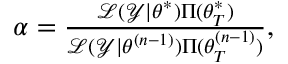
\begin{array} { r } { \alpha = \frac { \mathcal { L } ( \mathcal { Y } | \boldsymbol { \theta ^ { * } } ) \Pi ( \boldsymbol { \theta _ { T } ^ { * } } ) } { \mathcal { L } ( \mathcal { Y } | \boldsymbol { \theta ^ { ( n - 1 ) } } ) \Pi ( \boldsymbol { \theta _ { T } ^ { ( n - 1 ) } } ) } , } \end{array}